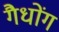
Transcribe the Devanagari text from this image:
गैधोंग